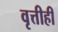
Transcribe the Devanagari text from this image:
वृत्तीही